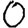
Digit: 0